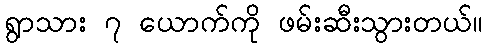
ရွာသား ၇ ယောက်ကို ဖမ်းဆီးသွားတယ်။